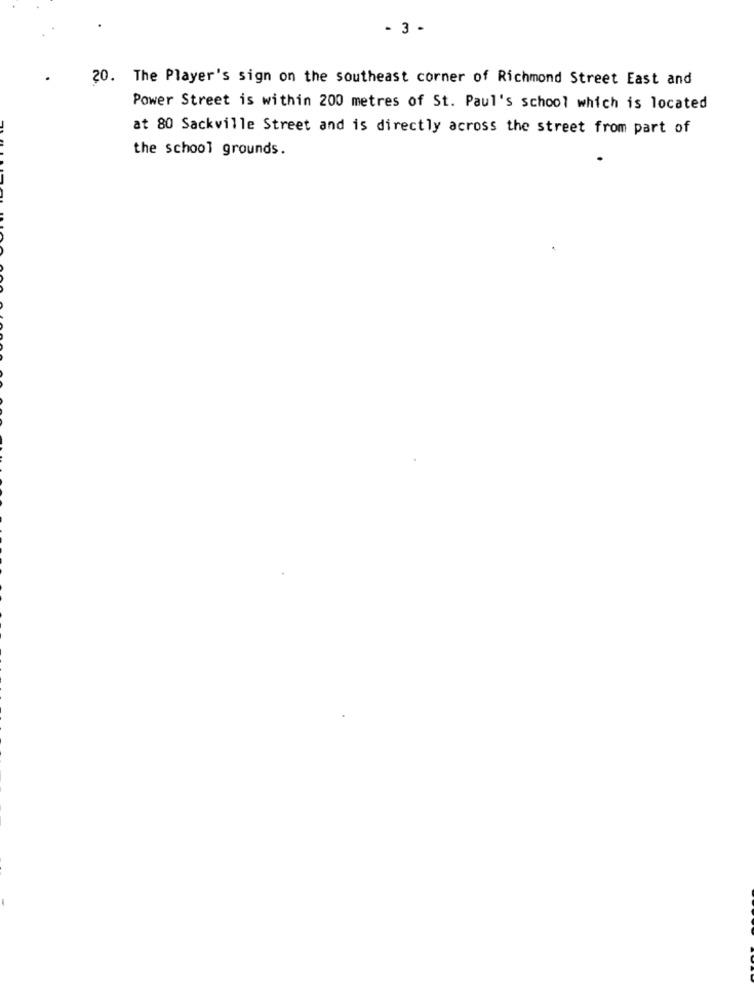
- 3 -
20. The Player's sign on the southeast corner of Richmond Street East and
Power Street is within 200 metres of St. Paul's school which is located
at 80 Sackville Street and is directly across the street from part of
the school grounds.